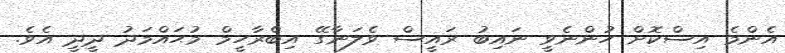
އެންމެ އިސްކޮށް ހުންނެވީ ނައިބު ރައީސް ވެލަނާގޭ އިބްރާހީމް މުޙައްމަދު ދީދީ އެވެ.